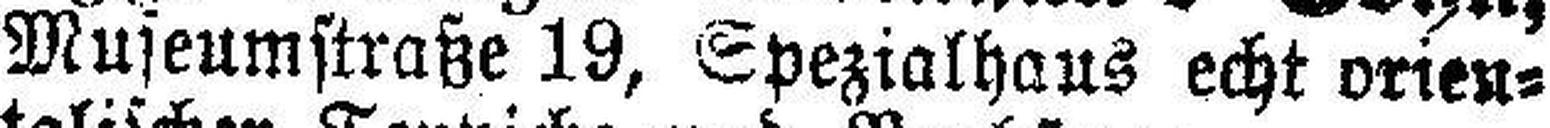
Museumstraße 19, Spezialhaus echt orien¬